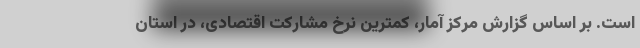
است. بر اساس گزارش مرکز آمار، کمترین نرخ مشارکت اقتصادی، در استان